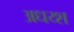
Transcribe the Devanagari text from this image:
अधय्श